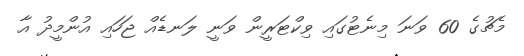
މެޗުގެ 60 ވަނަ މިނެޓުގައި ވިކްޓަރީން ވަނީ ލަނޑެއް ޖަހައި އުންމީދު އާ